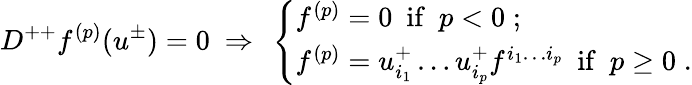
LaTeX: D^{++}f^{(p)}(u^{\pm})=0\ \Rightarrow\ \left\{ \begin{array}{l}{{f^{(p)}=0\ \ \mathrm{if}\ \ p<0\; ;}}\\ {{f^{(p)}=u_{i_{1}}^{+}\ldots u_{i_{p}}^{+}f^{i_{1}\ldots i_{p}}\ \ \mathrm{if}\ \ p\geq 0\; .}}\end{array}\right.